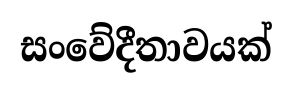
සංවේදීතාවයක්